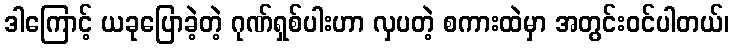
ဒါကြောင့် ယခုပြောခဲ့တဲ့ ဂုဏ်ရှစ်ပါးဟာ လှပတဲ့ စကားထဲမှာ အတွင်းဝင်ပါတယ်၊